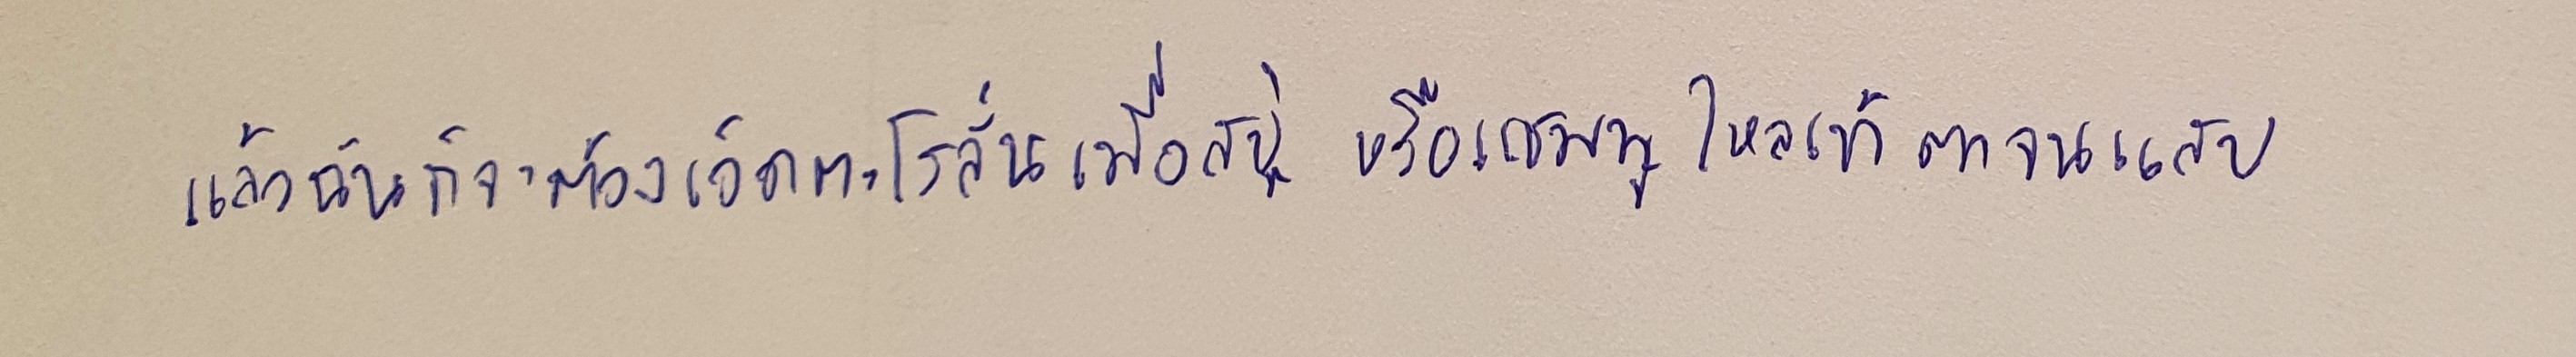
แล้วฉันก็จะต้องเอ็ดตะโรลั่นเมื่อสบู่หรือแชมพูไหลเข้าตาจนแสบ